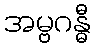
အမ္ဗဂန္ဓီ